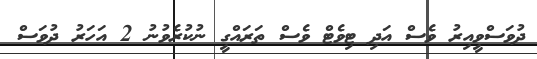
ދުވަސްވީއިރު ވެސް އަދި ޓިވެޓް ވެސް ތަރައްގީ ނުކުރެވުނު 2 އަހަރު ދުވަސް